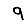
Digit: 9